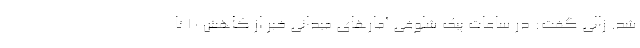
شد. زالی گفت: در ساعات پیک شلوغی آمارهای میدانی خبر از کاهش ۱۰ تا